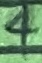
Text: 4